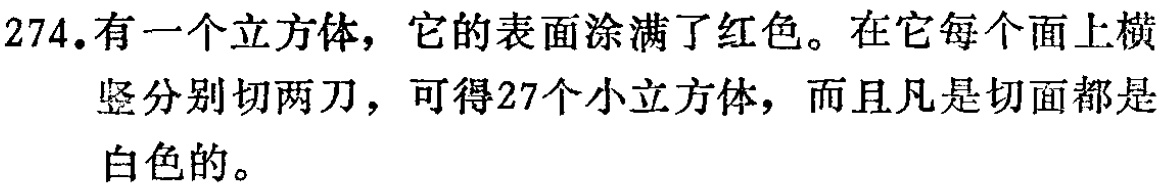
274. 有一个立方体，它的表面涂满了红色。在它每个面上横竖分别切两刀，可得27个小立方体，而且凡是切面都是白色的。